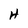
Character: H